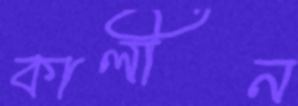
কালীন